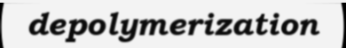
depolymerization